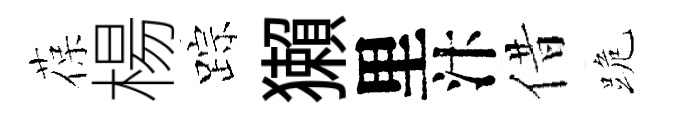
葆楊踪獺里汴借跪